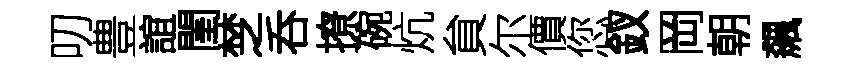
叨豊誼閨椘呑撩碗炕貟尔價您釵岡朝飆